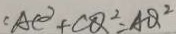
A C ^ { 2 } + C Q ^ { 2 } = A Q ^ { 2 }